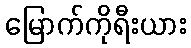
မြောက်ကိုရီးယား